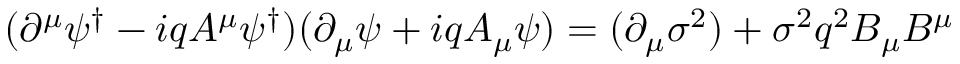
( \partial ^ { \mu } \psi ^ { \dagger } - i q A ^ { \mu } \psi ^ { \dagger } ) ( \partial _ { \mu } \psi + i q A _ { \mu } \psi ) = ( \partial _ { \mu } \sigma ^ { 2 } ) + \sigma ^ { 2 } q ^ { 2 } B _ { \mu } B ^ { \mu }